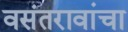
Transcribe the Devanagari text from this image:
वसंतरावांचा